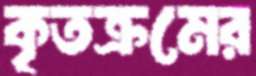
কৃতক্রমের